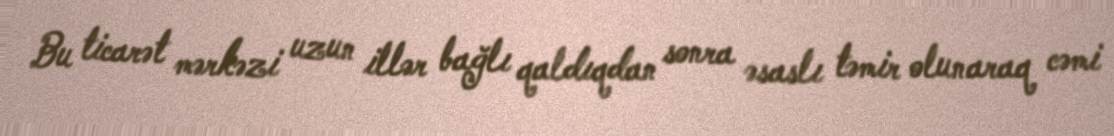
Bu ticarət mərkəzi uzun illər bağlı qaldıqdan sonra əsaslı təmir olunaraq cəmi